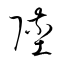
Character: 墜